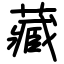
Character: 藏